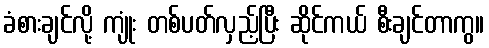
ခံစားချင်လို့ ကျုံး တစ်ပတ်လှည့်ပြီး ဆိုင်ကယ် စီးချင်တာကွ။